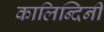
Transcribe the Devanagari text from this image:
कालिन्दिनी